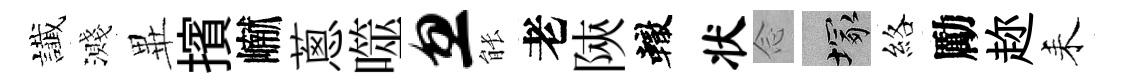
䜟濺𭺾擯𪩘蔥噬忽䏻老陝轍状𫝹塚絡勵趂耒